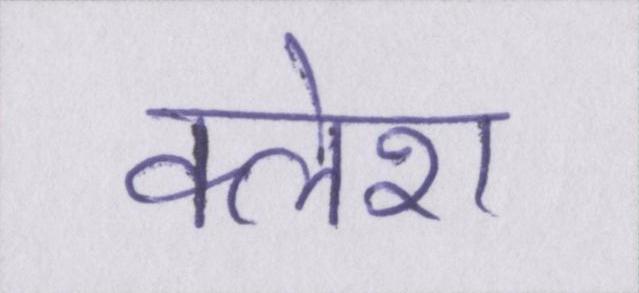
क्लेश